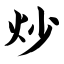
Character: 炒